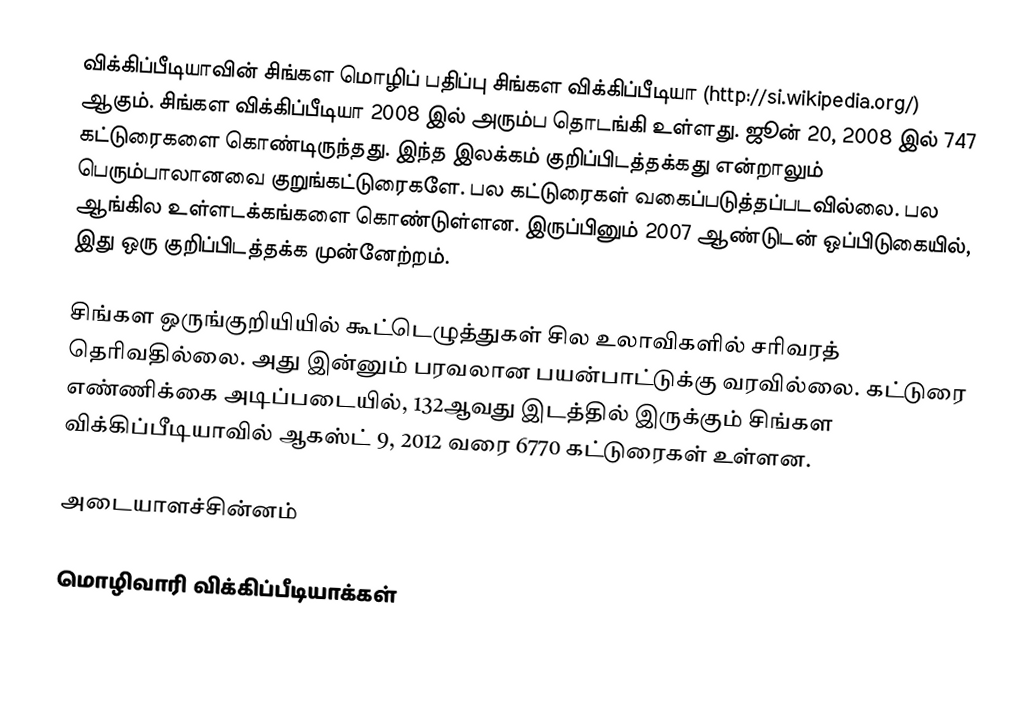
விக்கிப்பீடியாவின் சிங்கள மொழிப் பதிப்பு சிங்கள விக்கிப்பீடியா (http://si.wikipedia.org/) ஆகும். சிங்கள விக்கிப்பீடியா 2008 இல் அரும்ப தொடங்கி உள்ளது. ஜூன் 20, 2008 இல் 747 கட்டுரைகளை கொண்டிருந்தது. இந்த இலக்கம் குறிப்பிடத்தக்கது என்றாலும் பெரும்பாலானவை குறுங்கட்டுரைகளே. பல கட்டுரைகள் வகைப்படுத்தப்படவில்லை. பல ஆங்கில உள்ளடக்கங்களை கொண்டுள்ளன. இருப்பினும் 2007 ஆண்டுடன் ஒப்பிடுகையில், இது ஒரு குறிப்பிடத்தக்க முன்னேற்றம்.

சிங்கள ஒருங்குறியியில் கூட்டெழுத்துகள் சில உலாவிகளில் சரிவரத் தெரிவதில்லை. அது இன்னும் பரவலான பயன்பாட்டுக்கு வரவில்லை. கட்டுரை எண்ணிக்கை அடிப்படையில், 132ஆவது இடத்தில் இருக்கும் சிங்கள விக்கிப்பீடியாவில் ஆகஸ்ட் 9, 2012 வரை 6770 கட்டுரைகள் உள்ளன.

அடையாளச்சின்னம்

 மொழிவாரி விக்கிப்பீடியாக்கள்